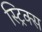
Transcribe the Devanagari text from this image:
स्ट्रिक्स